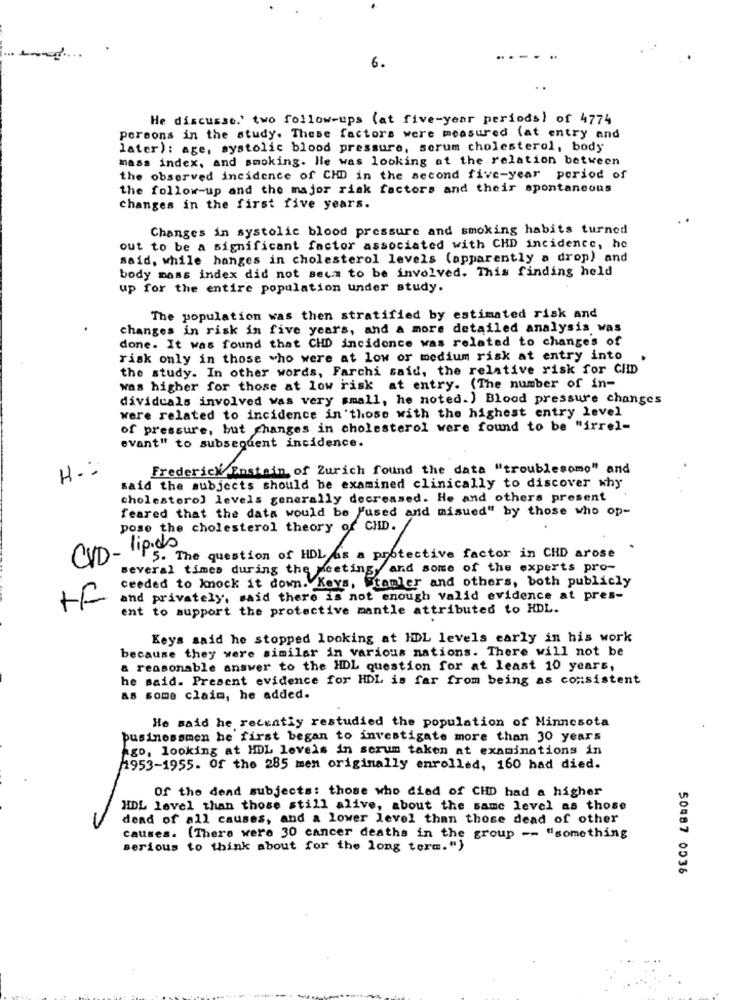
6.
He discusso.' two follow-ups (at five-year periods) of 4774
porsons in the study. These factors were measured (at entry and
later): age, systolic blood pressure, sorum cholesterol, body
mass index, and smoking. He was looking at the relation between
the observed incidence of CHD in the second five-year period of
the follow-up and the major risk factors and their spontaneous
changes in the first five years.
Changes in systolic blood pressure and smoking habits turned
out to be a significant factor associated with CHD incidence, he
said, while hanges in cholesterol levels (apparently a drop) and
body mass index did not seca to be involved. This finding held
up for the entire population under study.
The population was then stratified by estimated risk and
changes in risk in five years, and a more detailed analysis was
done. It was found that CHD incidence was related to changes of
risk only in those who were at low or medium risk at entry into
the study. In other words, Farchi said, the relative risk for CIID
was higher for those at low risk at entry. (The number of in-
dividuals involved was very small, he noted.) Blood pressure changes
were related to incidence in those with the highest entry level
of pressure, but changes in cholesterol were found to be "irrel-
evant" to subsequent incidence.
H .:
Frederick Enstain of Zurich found the data "troublesome" and
said the subjects should be examined clinically to discover why
cholesterol levels generally decreased. He and others present
feared that the data would be used and misued" by those who op-
pose the cholesterol theory of CHD. /
CVD- lipids
5. The question of HDL as a protective factor in CHD arose
several times during the Meeting, and some of the experts pro-
ceeded to knock it down. Keys, Stamler and others, both publicly
te
and privately, said there is not enough valid evidence at pres-
ent to support the protective mantle attributed to HDL.
Keys said he stopped looking at HDL levels early in his work
because they were similar in various nations. There will not be
a reasonable answer to the HDL question for at least 10 years,
he said. Present evidence for HDL is far from being as consistent
AS some claim, he added.
He said he recently restudied the population of Minnesota
businessmen he first began to investigate more than 30 years
Ago, looking at HDL levels in serum taken at examinations in
1953-1955. Of the 285 men originally enrolled, 160 had died.
Of the dead subjects: those who died of CHD had a higher
HDL level than those still alive, about the same level as those
dend of all causes, and a lower level than those dead of other
causes. (There were 30 cancer deaths in the group -- "something
serious to think about for the long term.")
50487 0536